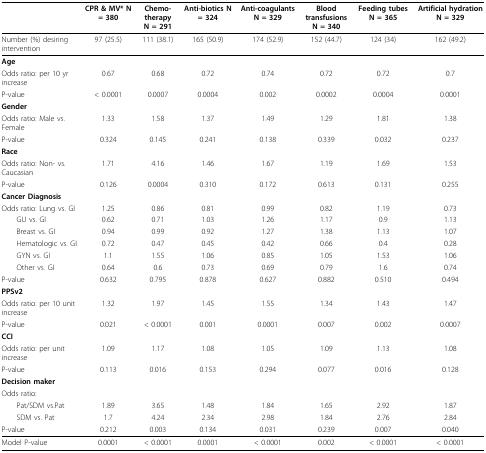
<table><thead><tr><td></td><td><b>CPR &amp; MV* N = 380</b></td><td><b>Chemo- therapy N = 291</b></td><td><b>Anti-biotics N = 324</b></td><td><b>Anti-coagulants N = 329</b></td><td><b>Blood transfusions N = 340</b></td><td><b>Feeding tubes N = 365</b></td><td><b>Artificial hydration N = 329</b></td></tr></thead><tbody><tr><td>Number (%) desiring intervention</td><td>97 (25.5)</td><td>111 (38.1)</td><td>165 (50.9)</td><td>174 (52.9)</td><td>152 (44.7)</td><td>124 (34)</td><td>162 (49.2)</td></tr><tr><td><b>Age</b></td><td></td><td></td><td></td><td></td><td></td><td></td><td></td></tr><tr><td>Odds ratio: per 10 yr increase</td><td>0.67</td><td>0.68</td><td>0.72</td><td>0.74</td><td>0.72</td><td>0.72</td><td>0.7</td></tr><tr><td>P-value</td><td>&lt; 0.0001</td><td>0.0007</td><td>0.0004</td><td>0.002</td><td>0.0002</td><td>0.0004</td><td>0.0001</td></tr><tr><td><b>Gender</b></td><td></td><td></td><td></td><td></td><td></td><td></td><td></td></tr><tr><td>Odds ratio: Male vs. Female</td><td>1.33</td><td>1.58</td><td>1.37</td><td>1.49</td><td>1.29</td><td>1.81</td><td>1.38</td></tr><tr><td>P-value</td><td>0.324</td><td>0.145</td><td>0.241</td><td>0.138</td><td>0.339</td><td>0.032</td><td>0.237</td></tr><tr><td><b>Race</b></td><td></td><td></td><td></td><td></td><td></td><td></td><td></td></tr><tr><td>Odds ratio: Non- vs. Caucasian</td><td>1.71</td><td>4.16</td><td>1.46</td><td>1.67</td><td>1.19</td><td>1.69</td><td>1.53</td></tr><tr><td>P-value</td><td>0.126</td><td>0.0004</td><td>0.310</td><td>0.172</td><td>0.613</td><td>0.131</td><td>0.255</td></tr><tr><td><b>Cancer Diagnosis</b></td><td></td><td></td><td></td><td></td><td></td><td></td><td></td></tr><tr><td>Odds ratio: Lung vs. GI</td><td>1.25</td><td>0.86</td><td>0.81</td><td>0.99</td><td>0.82</td><td>1.19</td><td>0.73</td></tr><tr><td> GU vs. GI</td><td>0.62</td><td>0.71</td><td>1.03</td><td>1.26</td><td>1.17</td><td>0.9</td><td>1.13</td></tr><tr><td> Breast vs. GI</td><td>0.94</td><td>0.99</td><td>0.92</td><td>1.27</td><td>1.38</td><td>1.13</td><td>1.07</td></tr><tr><td> Hematologic vs. GI</td><td>0.72</td><td>0.47</td><td>0.45</td><td>0.42</td><td>0.66</td><td>0.4</td><td>0.28</td></tr><tr><td> GYN vs. GI</td><td>1.1</td><td>1.55</td><td>1.06</td><td>0.85</td><td>1.05</td><td>1.53</td><td>1.06</td></tr><tr><td> Other vs. GI</td><td>0.64</td><td>0.6</td><td>0.73</td><td>0.69</td><td>0.79</td><td>1.6</td><td>0.74</td></tr><tr><td>P-value</td><td>0.632</td><td>0.795</td><td>0.878</td><td>0.627</td><td>0.882</td><td>0.510</td><td>0.494</td></tr><tr><td><b>PPSv2</b></td><td></td><td></td><td></td><td></td><td></td><td></td><td></td></tr><tr><td>Odds ratio: per 10 unit increase</td><td>1.32</td><td>1.97</td><td>1.45</td><td>1.55</td><td>1.34</td><td>1.43</td><td>1.47</td></tr><tr><td>P-value</td><td>0.021</td><td>&lt; 0.0001</td><td>0.001</td><td>0.0001</td><td>0.007</td><td>0.002</td><td>0.0007</td></tr><tr><td><b>CCI</b></td><td></td><td></td><td></td><td></td><td></td><td></td><td></td></tr><tr><td>Odds ratio: per unit increase</td><td>1.09</td><td>1.17</td><td>1.08</td><td>1.05</td><td>1.09</td><td>1.13</td><td>1.08</td></tr><tr><td>P-value</td><td>0.113</td><td>0.016</td><td>0.153</td><td>0.294</td><td>0.077</td><td>0.016</td><td>0.128</td></tr><tr><td><b>Decision maker</b></td><td></td><td></td><td></td><td></td><td></td><td></td><td></td></tr><tr><td>Odds ratio:</td><td></td><td></td><td></td><td></td><td></td><td></td><td></td></tr><tr><td> Pat/SDM vs.Pat</td><td>1.89</td><td>3.65</td><td>1.48</td><td>1.84</td><td>1.65</td><td>2.92</td><td>1.87</td></tr><tr><td> SDM vs. Pat</td><td>1.7</td><td>4.24</td><td>2.34</td><td>2.98</td><td>1.84</td><td>2.76</td><td>2.84</td></tr><tr><td>P-value</td><td>0.212</td><td>0.003</td><td>0.134</td><td>0.031</td><td>0.239</td><td>0.007</td><td>0.040</td></tr><tr><td>Model P-value</td><td>0.0001</td><td>&lt; 0.0001</td><td>0.0001</td><td>&lt; 0.0001</td><td>0.002</td><td>&lt; 0.0001</td><td>&lt; 0.0001</td></tr></tbody></table>